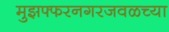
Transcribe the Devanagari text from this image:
मुझफ्फरनगरजवळच्या